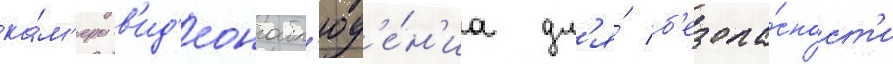
ка́м'еры в'ид'еонабл'юд'е́н'иа дл'я́ б'езопа́сност'и